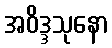
အဝိဒ္ဒသုနော